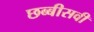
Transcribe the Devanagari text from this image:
छब्बीसवी